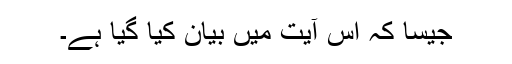
جیسا کہ اس آیت میں بیان کیا گیا ہے۔